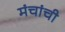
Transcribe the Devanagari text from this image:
मंचांची